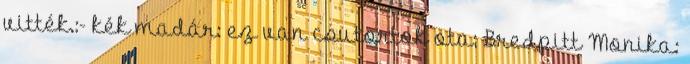
vitték.:- kék madár: ez van csutortok ota; Bredpitt Monika: